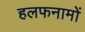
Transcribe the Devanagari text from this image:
हलफनामों